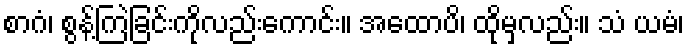
စာဂံ၊ စွန့်ကြဲခြင်းကိုလည်းကောင်း။ အထောပိ၊ ထိုမှလည်း။ သံ ယမံ၊